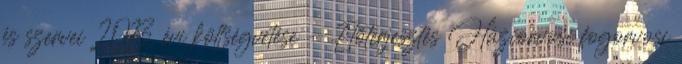
és szervei 2013. évi költségvetése - Előterjesztés Háziorvosi fogorvosi